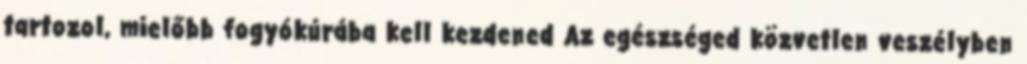
tartozol, mielőbb fogyókúrába kell kezdened Az egészséged közvetlen veszélyben